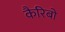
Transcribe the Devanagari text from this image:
कैरिबो